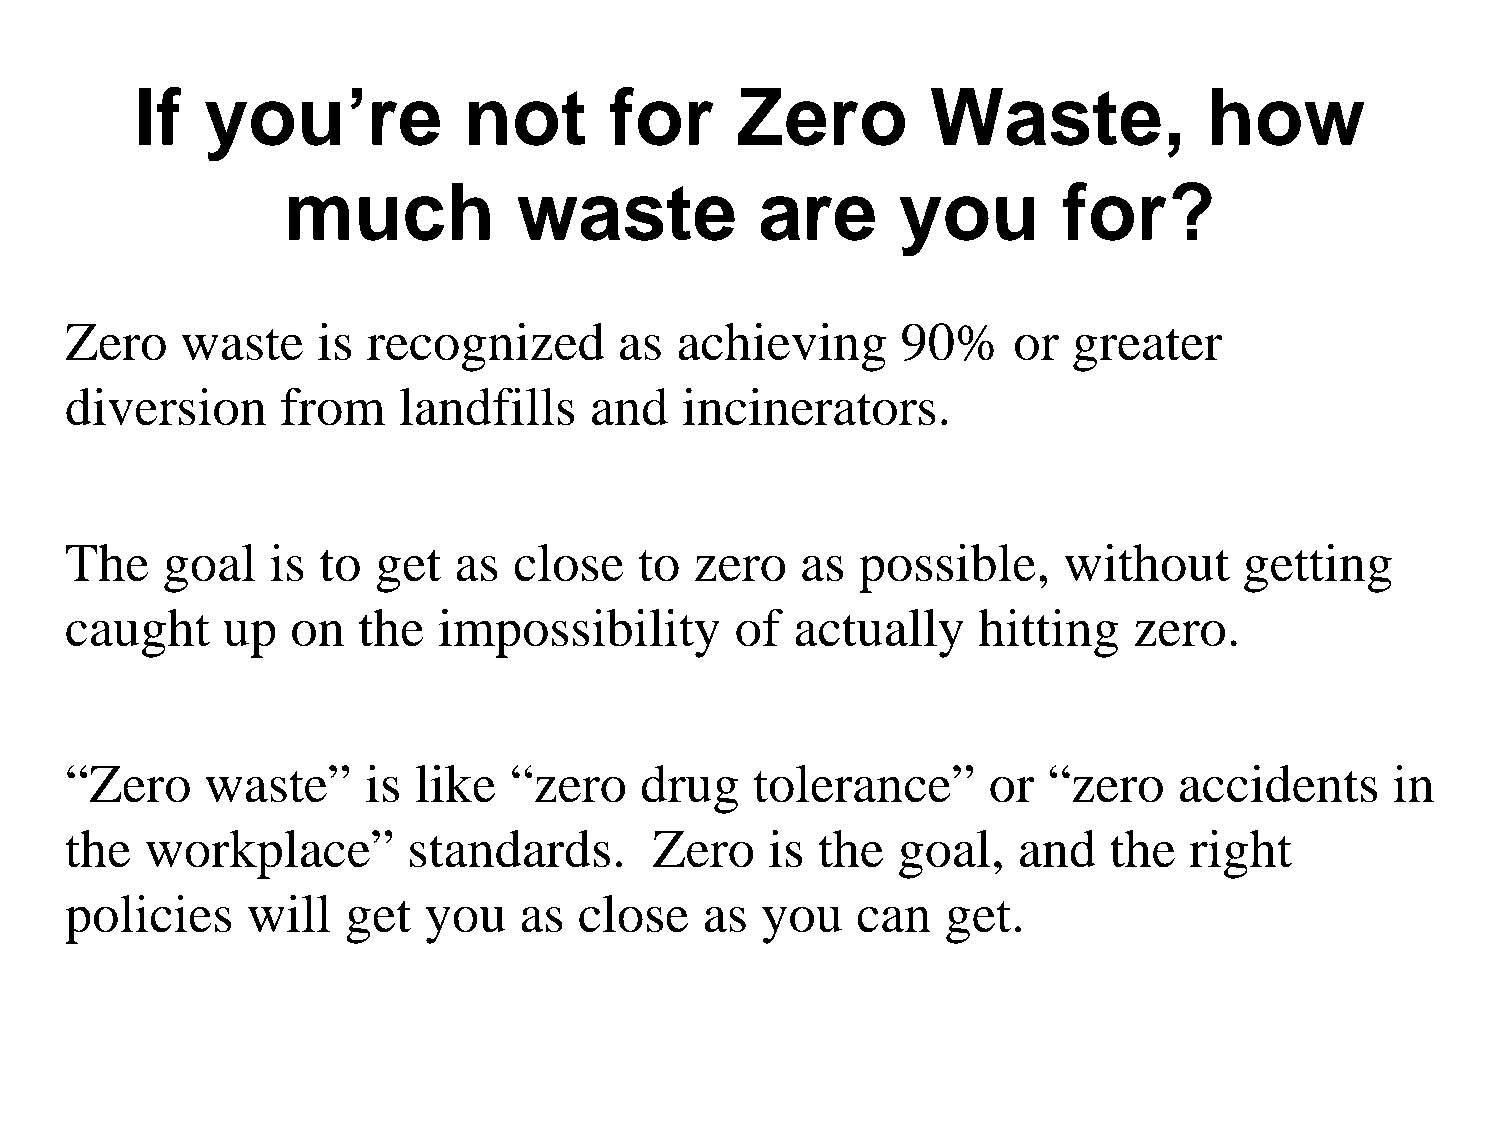
If   you’re           not      for      Zero         Waste,            how
 much           waste           are       you       for?
 Zero    waste    is recognized       as  achieving      90%    or  greater
 diversion      from   landfills    and   incinerators.
 The    goal   is to  get  as  close   to  zero   as  possible,    without     getting
 caught     up  on   the  impossibility       of  actually    hitting   zero.
 “Zero     waste”    is like   “zero   drug    tolerance”     or  “zero    accidents     in
 the   workplace”       standards.      Zero    is the  goal,   and   the   right
 policies    will   get  you   as  close    as you    can   get.